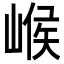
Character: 𡹵